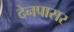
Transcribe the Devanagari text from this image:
देनपासर